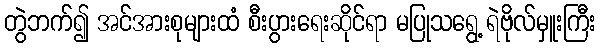
တွဲဘက်၍ အင်အားစုများထံ စီးပွားရေးဆိုင်ရာ မပြုသရွေ့ ရဲဗိုလ်မှူးကြီး